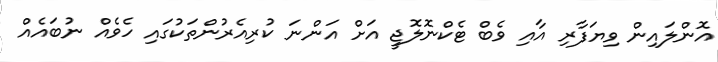
އޮންލައިން ވިޔަފާރި އާއި ވެބް ޓެކްނޮލޮޖީ އަށް އަންނަ ކުރިއެރުންތަކުގައި ހެވެއް ނުބައެއް